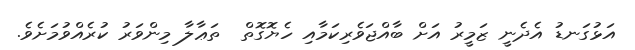
އަޅުގަނޑު އެދެނީ ޒަމީރު އަށް ބާއްޖަވެރިކަމާއި ހެޔޮގޮތް  ތަޢާލާ މިންވަރު ކުރެއްވުމަށެވެ.